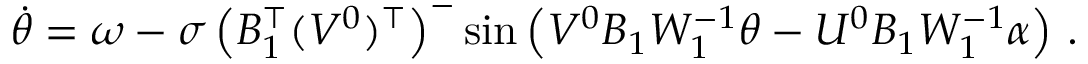
\begin{array} { r } { \Dot { \theta } = \omega - \sigma \left( B _ { 1 } ^ { \top } ( V ^ { 0 } ) ^ { \top } \right) ^ { - } \sin \left( V ^ { 0 } B _ { 1 } W _ { 1 } ^ { - 1 } \theta - U ^ { 0 } B _ { 1 } W _ { 1 } ^ { - 1 } \alpha \right) \, . } \end{array}